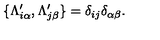
\{ \Lambda _ { i \alpha } ^ { \prime } , \Lambda _ { j \beta } ^ { \prime } \} = \delta _ { i j } \delta _ { \alpha \beta } .